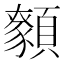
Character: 𩕑